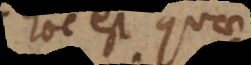
hoc est sine